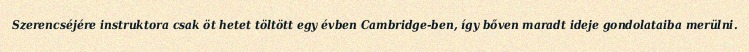
Szerencséjére instruktora csak öt hetet töltött egy évben Cambridge-ben, így bőven maradt ideje gondolataiba merülni.